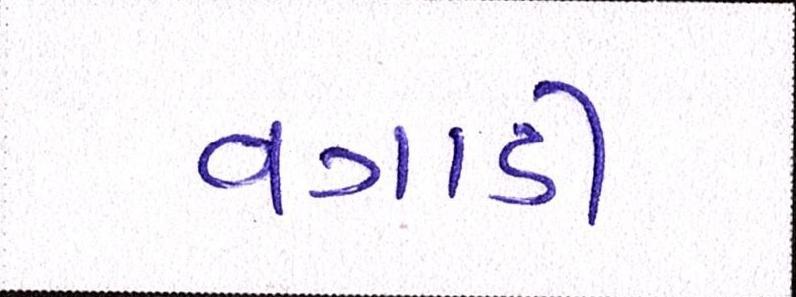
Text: વગાડી